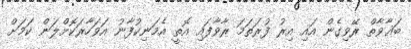
ބަޣާވާތް ރޭވިގެން އައި އިރު ފުރަތަމަ ރާވާފައި އޮތީ އެމަނިކުފާނު އަވަހާރަކޮށްލަން ކަމަށް